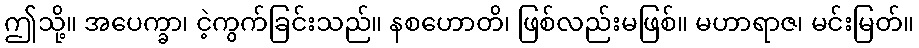
ဤသို့။ အပေက္ခာ၊ ငဲ့ကွက်ခြင်းသည်။ နစဟောတိ၊ ဖြစ်လည်းမဖြစ်။ မဟာရာဇ၊ မင်းမြတ်။